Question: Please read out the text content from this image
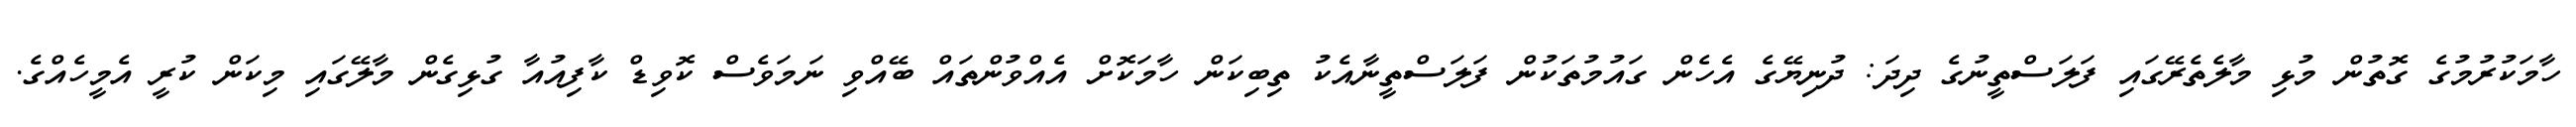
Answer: ހާމަކުރުމުގެ ގޮތުން މުޅި މާލެތެރޭގައި ފަލަސްތީނުގެ ދިދަ: ދުނިޔޭގެ އެހެން ގައުމުތަކުން ފަލަސްތީނާއެކު ތިބިކަން ހާމަކޮށް އެއްވުންތައް ބޭއްވި ނަމަވެސް ކޮވިޑް ކާފިއުއާ ގުޅިގެން މާލޭގައި މިކަން ކުރީ އެމީހެއްގެ.